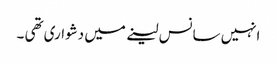
انہیں سانس لینے میں دشواری تھی ۔